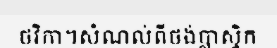
ថវិកា។សំណល់ពីថង់ប្លាស្ទិក